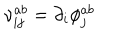
\nu _ { i j } ^ { a b } = \partial _ { i } \phi _ { j } ^ { a b }